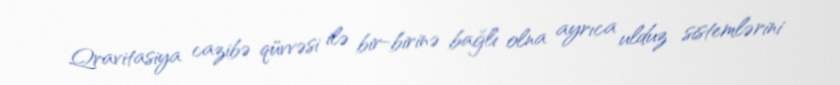
Qravitasiya cazibə qüvvəsi ilə bir-birinə bağlı olna ayrıca ulduz sistemlərini